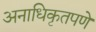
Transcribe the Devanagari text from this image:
अनाधिकृतपणे